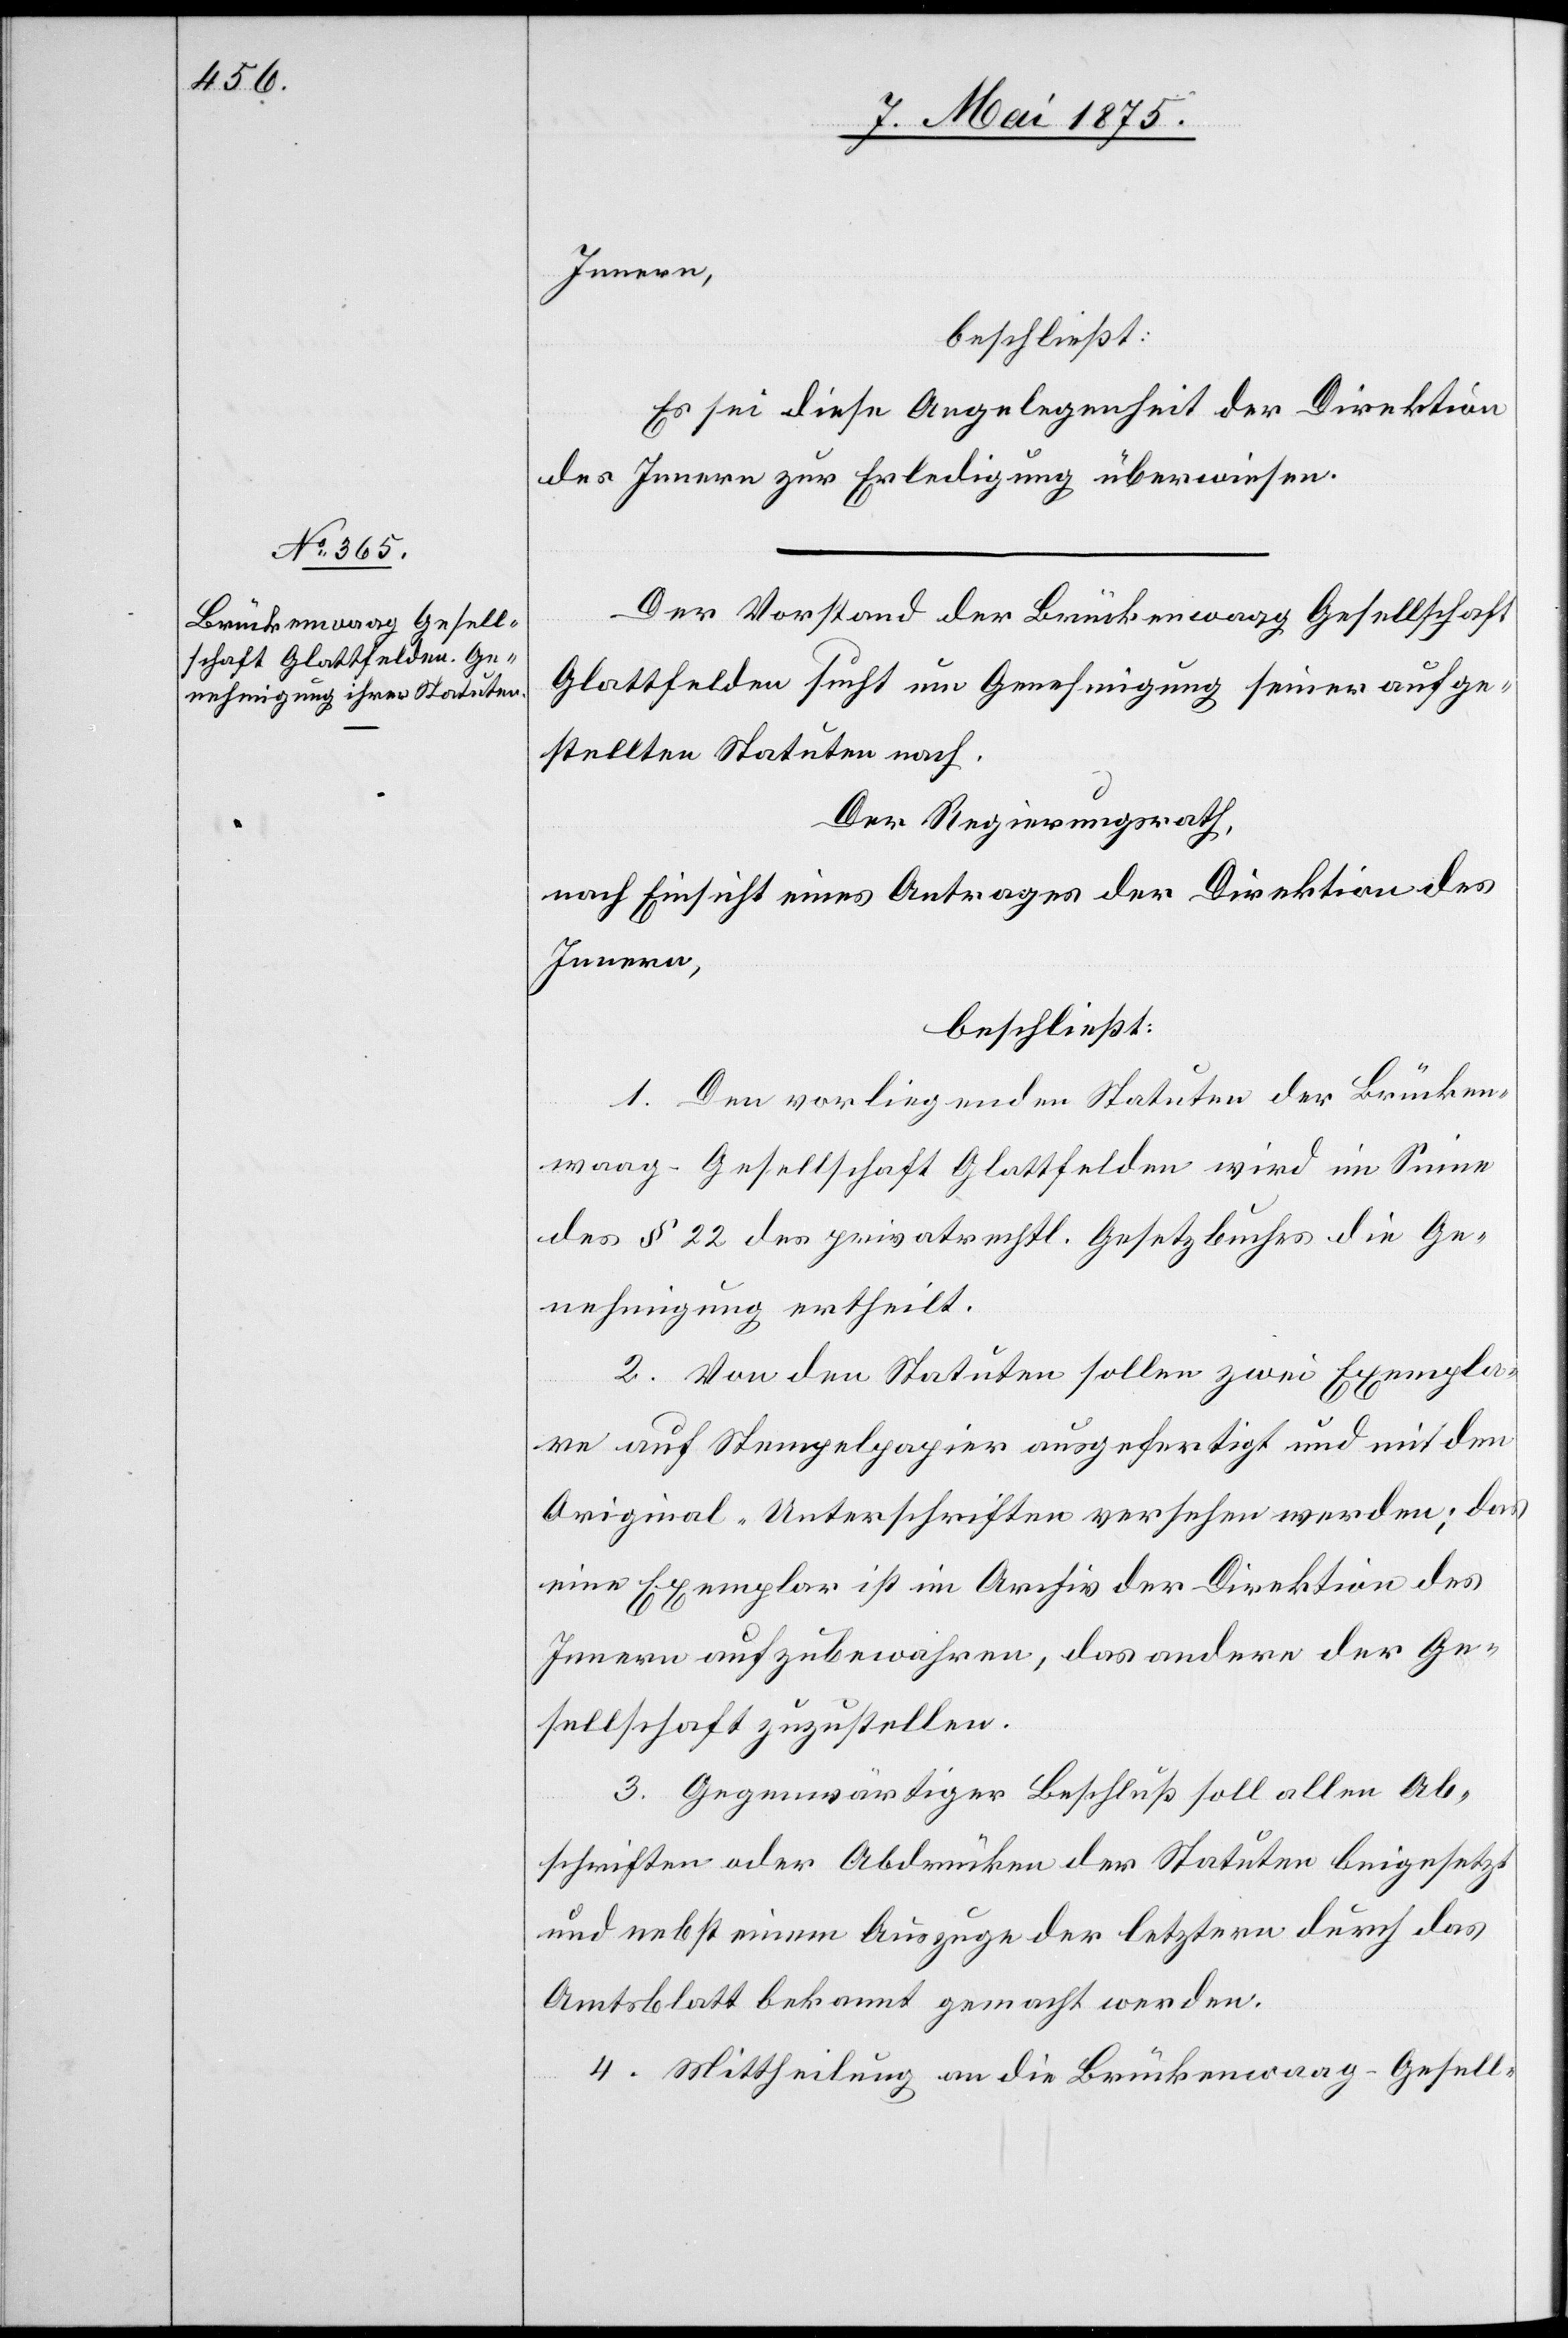
Innern,
beschließt:
Es sei diese Angelegenheit der Direktion
des Innern zu Erledigung überwiesen.
Der Vorstand der Brückenwaag Gesellschaft
Glattfelden such um Genehmigung seiner aufge¬
stellten Statuten nach.
Der Regierungsrath,
nach Einsicht eines Antrages der Direktion des
Innern,
beschließt:
1. Den vorliegenden Statuten der Brücken¬
waag-Gesellschaft Glattfelden wird im Sinne
des § 22 des privatrechtl. Gesetzbuches die Ge¬
nehmigung ertheilt.
2. Von den Statuten sollen zwei Exempla¬
re auf Stempelpapier ausgefertigt und mit den
Original-Unterschriften versehen werden; das
eine Exemplar ist im Archiv der Direktion des
Innern aufzubewahren, das andere der Ge¬
sellschaft zuzustellen.
3. Gegenwärtiger Beschluß soll allen Ab¬
schriften oder Abdrücken der Statuten beigesetzt
und nebst einem Auszuge der letztern durch das
Amtsblatt bekannt gemacht werden.
4. Mittheilung an die Brückenwaag-Gesell-